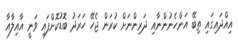
އިއްދައިގައި ތިބޭ އަންހެނުންނާއި ދަރިންނަށް ކުރަން ޖެހޭ ހަރަދު ބޮޑުކޮށްފައި ވަނީ އާއިލާއާ